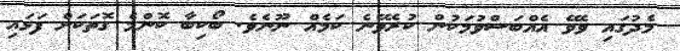
މެދުގައި ވެވޭ އެއްބަސްވުމަކުން ކުރެވޭނެ ކަމެއް ނޫނެވެ. ބޯކިބާ ކޮންމެ ގޮތަކަށް ފަޅައި